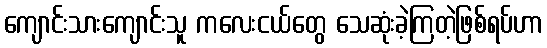
ကျောင်းသားကျောင်းသူ ကလေးငယ်တွေ သေဆုံးခဲ့ကြတဲ့ဖြစ်ရပ်ဟာ